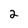
Character: 2